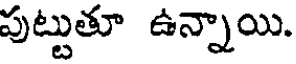
పుట్టుతూ ఉన్నాయి.